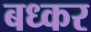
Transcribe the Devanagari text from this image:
बध्कर